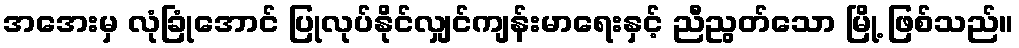
အအေးမှ လုံခြုံအောင် ပြုလုပ်နိုင်လျှင်ကျန်းမာရေးနှင့် ညီညွတ်သော မြို့ ဖြစ်သည်။